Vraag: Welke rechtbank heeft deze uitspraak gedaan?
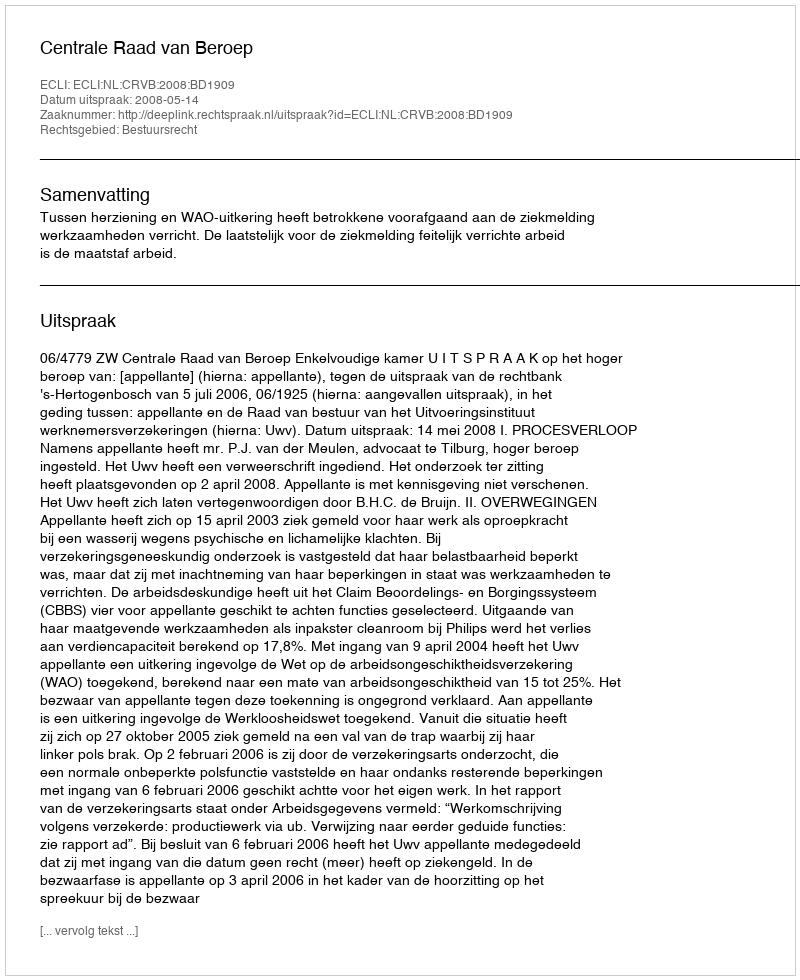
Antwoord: Centrale Raad van Beroep